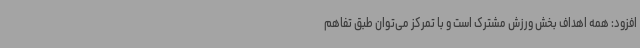
افزود: همه اهداف بخش ورزش مشترک است و با تمرکز می‌توان طبق تفاهم‌